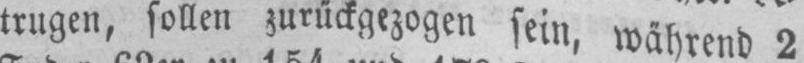
trugen, sollen zurückgezogen sein, während 2